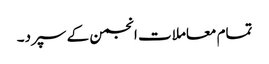
تمام معاملات انجمن کے سپرد۔